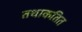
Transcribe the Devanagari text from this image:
तथाकतित